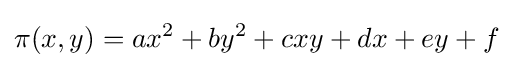
\pi (x,y)=ax^{2}+by^{2}+cxy+dx+ey+f